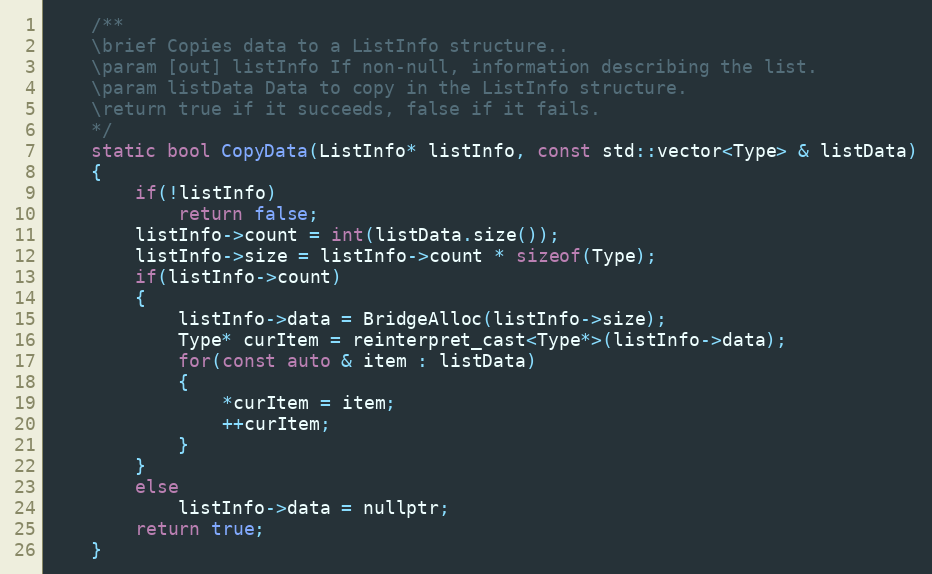
Language: C
    /**
    \brief Copies data to a ListInfo structure..
    \param [out] listInfo If non-null, information describing the list.
    \param listData Data to copy in the ListInfo structure.
    \return true if it succeeds, false if it fails.
    */
    static bool CopyData(ListInfo* listInfo, const std::vector<Type> & listData)
    {
        if(!listInfo)
            return false;
        listInfo->count = int(listData.size());
        listInfo->size = listInfo->count * sizeof(Type);
        if(listInfo->count)
        {
            listInfo->data = BridgeAlloc(listInfo->size);
            Type* curItem = reinterpret_cast<Type*>(listInfo->data);
            for(const auto & item : listData)
            {
                *curItem = item;
                ++curItem;
            }
        }
        else
            listInfo->data = nullptr;
        return true;
    }